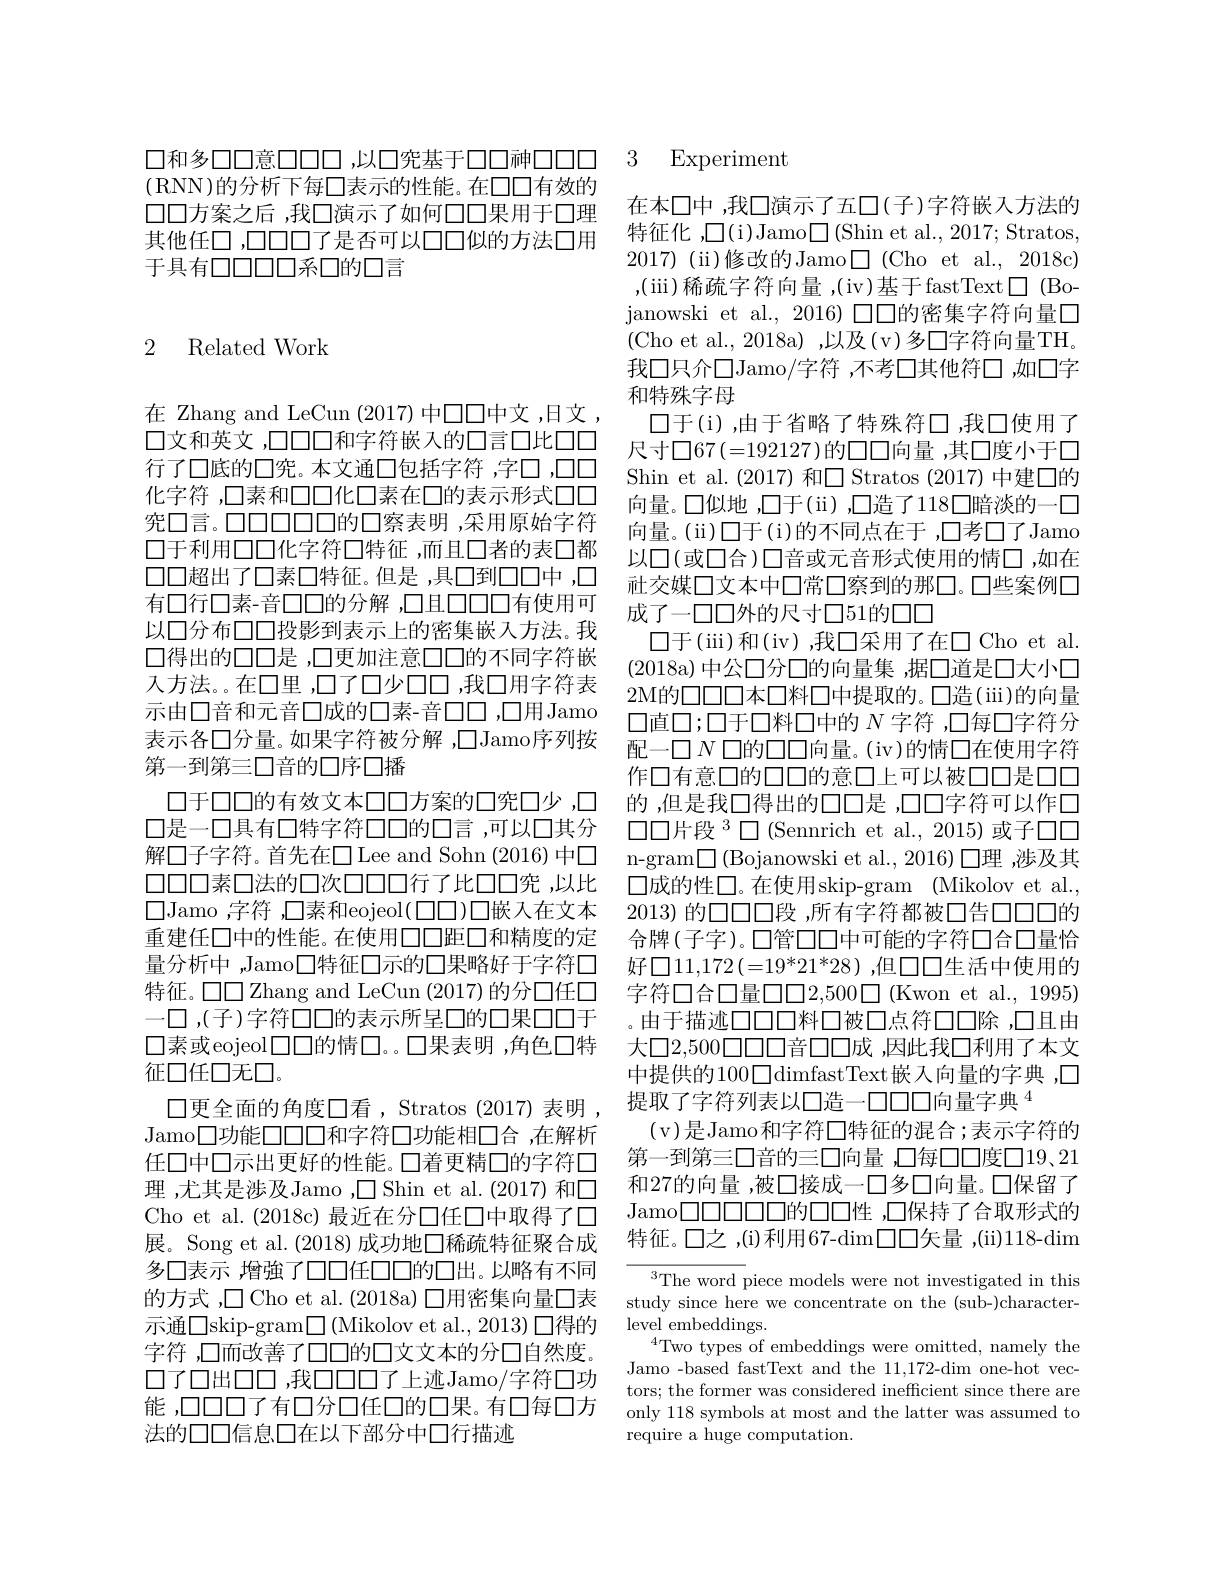
(RNN)的分析下每口表示的性能。在口口有效的口口方案之后 ,我口演示了如何口口果用于口理其他任口 ,口口口口了是否可以口口似的方法口用于具有口口口口系口的口言

# 2 Related Work

在 Zhang and LeCun (2017) 中口口中文，日文， 口文和英文 ,口口口和字符嵌入的口言口比口口行了口底的口究。本文通口包括字符，字□,□□ 化字符 ,口素和口口化口素在口的表示形式口口究口言。口口口口口口的口察表明 ,采用原始字符口于利用口口化字符口特征 ,而且口者的表口都口口超出了口素口特征。但是，具口到口口中，口有口行口素-音口口的分解 ,口且口口口有使用可以口分布口口投影到表示上的密集嵌入方法。我$\square$得出的口口是 ,口更加注意口口的不同字符嵌入方法。在口里 ,口了口少口口 ,我口用字符表示由口音和元音口成的口素-音口口，口用Jamo 表示各口分量。如果字符被分解 ,□Jamo序列按第一到第三口音的口序口播
口于口口的有效文本口口方案的口究口少 ,口口是一口具有口特字符口口的口言，可以口其分解口子字符。首先在□Lee and Sohn (2016) 中口口口口素口法的口次口口行了比口口究，以比量分析中，Jamo口特征口示的口果略好于字符口特征。口口 Zhang and LeCun (2017) 的分口任口一口 ,(子)字符□□的表示所呈囗的口果口口于$\square$素或eojeol$\square\square\square$的情$\square。\square$果表明 ,角色口特征口任口无口。
$\square$更全面的角度口看，Stratos (2017)表明， Jamo口功能口口口和字符口功能相口合，在解析任口中口示出更好的性能。口着更精口的字符口理 ,尤其是涉及Jamo ,$\square$ Shin et al.(2017) 和口Cho et al. (2018c) 最近在分口任口中取得了口展。Song et al.(2018)成功地口稀疏特征聚合成多口表示 ,增強了口口任口口的口出。以略有不同的方式 ,口 Cho et al. (2018a) 口用密集向量口表示通$\square$skip-gram$\square$(Mikolov et al.,2013)口得的字符，口而改善了口口的口文文本的分口自然度。$\square 了\square 出\square\square,我\square\square\square\square$了上迹Jamo/字符口功能 ,口口口了有口分口任口的口果。有口每口方法的口口信息口在以下部分中口行描迹

口和多口口意口口口，以口筅基于口口神口口口 3 Experiment

在本口中，我口演示了五口(子)字符嵌入方法的特征化 ,$\square($i)Jamo$\square$(Shin et al.,2017;Stratos, 2017)(ii)修改的Jamo$\square$(Cho et al.,2018c) ,(iii) 稀疏字符向量，(iv)基于fastText$\square$(Bojanowski et al., 2016) 口口的密集字符向量口(Cho et al., 2018a),以及(v)多□字符向量TH。我口只介口Jamo/字符，不考◯其他符口，如口字和特殊字母
口于(i),由于省略了特殊符□,我囗使用了尺寸口67(=192127)的口口向量 ,其口度小于口Shin et al. (2017) 和□ Stratos (2017) 中建口的向量。口似地 ,口于(ii) ,口造了118口暗淡的一口向量。(ii)口于(i)的不同点在于 ,口考口了Jamo 以口(或口合)口音或元音形式使用的情口，如在祉交媒口文本中口常口察到的那口。口些案例口成了一口口外的尺寸口51的口口
$\square 于 ($iii)和(iv),我口采用了在口Cho et al. (2018a)中公口分口的向量集 ,据口道是口大小口2M的口口口本口料口中提取的。口造(iii)的向量口直口；口于口料口中的$N$字符 ,口每口字符分配一口$N$ 口的口口向量。(iv)的情口在使用字符作口有意口的口口的意口上可以被口口是口口的 ,但是我□得出的口口是 ,口口字符可以作口$\square\square$片段$^3\square$(Sennrich et al., 2015)或子口口n-gram$\square$(Bojanowski et al., 2016)口理，涉及其口成的性口。在使用skip-gram (Mikolov et al.,
$\square$Jamo ,字符 口素和eojeol(口口)口嵌入在文本 2013)的口口口段 ,所有字符都被口告口口口的重建任口中的性能。在使用口口距口和精度的定 合牌(子字)。口管口口中可能的字符□合口量恰
好$\square11,172(=19^*21^*28)$ ,但口口生活中使用的字符□合口量口口2，500$\square(Kwon et al., 1995)$ 。由于描迹口口口料口被口点符口口除，口且由大口2，500口口口音口口成 ,因此我口利用了本文中提供的100口dimfastText嵌入向量的字典，口提取了字符列表以口造一口口口向量字典$^{4}$
(v)是Jamo和字符□特征的混合；表示字符的第一到第三口音的三口向量 ,口每口口度口19、21和27的向量，被口接成一口多口向量。口保留了Jamo$\square\square\square\square\square\square\square$的口口性 ,口保持了合取形式的特征。口之，(i)利用67-dim口口矢量，(ii)118-dim
$^{3}$The word piece models were not investigated in this

study since here we concentrate on the (sub-)character-
$\operatorname*{level}_{4}^{\circ}$embeddings.
$^{4}$Two types of embeddings were omitted, namely the Jamo -based fastText and the 11,172-dim one-hot vectors; the former was considered inefficient since there are only 118 symbols at most and the latter was assumed to require a huge computation.